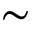
\sim